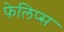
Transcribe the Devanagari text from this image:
फेलिप्स